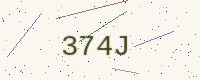
Text: 374J